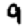
Digit: 9